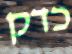
כדק